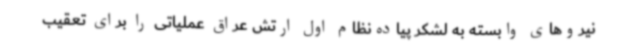
نیروهای وابسته به لشکر پیاده‌نظام اول ارتش عراق عملیاتی را برای تعقیب